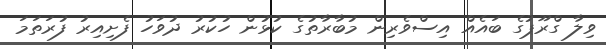
ވިލާ ގްރޫޕުގެ ބައެއް އިސްވެރިން މުބާރާތުގެ ކުޅުން ހުކުރު ދުވަހު ފެށިއިރު ފުރަތަމަ